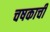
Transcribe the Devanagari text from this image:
चषकाची